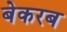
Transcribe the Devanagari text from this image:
बेकरब